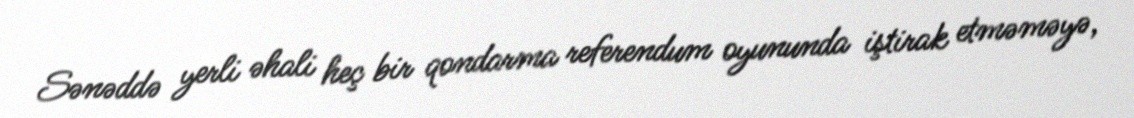
Sənəddə yerli əhali heç bir qondarma referendum oyununda iştirak etməməyə,